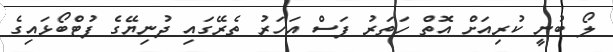
ލޯ ބުނީ ކުރިއަށް އޮތް ހަތަރު ފަސް އަހަރު ތެރޭގައި ދުނިޔޭގެ ފުޓްބޯޅައިގެ